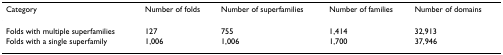
<table><thead><tr><td><b>Category</b></td><td><b>Number of folds</b></td><td><b>Number of superfamilies</b></td><td><b>Number of families</b></td><td><b>Number of domains</b></td></tr></thead><tbody><tr><td>Folds with multiple superfamilies</td><td>127</td><td>755</td><td>1,414</td><td>32,913</td></tr><tr><td>Folds with a single superfamily</td><td>1,006</td><td>1,006</td><td>1,700</td><td>37,946</td></tr></tbody></table>